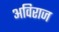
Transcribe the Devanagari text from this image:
अविराज